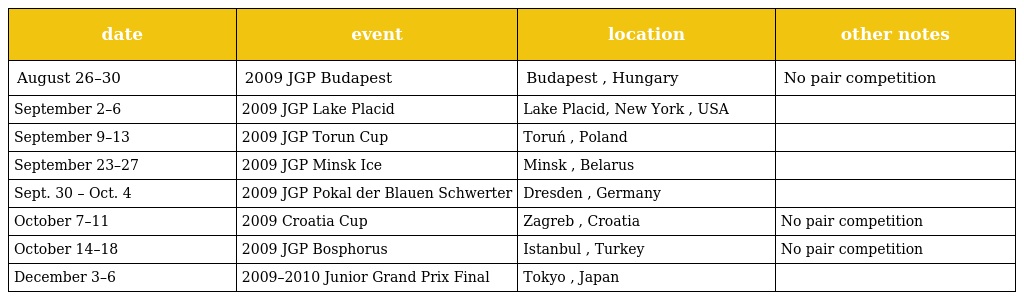
| date | event | location | other notes |
 | --- | --- | --- | --- |
 | August 26–30 | 2009 JGP Budapest | Budapest , Hungary | No pair competition |
 | September 2–6 | 2009 JGP Lake Placid | Lake Placid, New York , USA |  |
 | September 9–13 | 2009 JGP Torun Cup | Toruń , Poland |  |
 | September 23–27 | 2009 JGP Minsk Ice | Minsk , Belarus |  |
 | Sept. 30 – Oct. 4 | 2009 JGP Pokal der Blauen Schwerter | Dresden , Germany |  |
 | October 7–11 | 2009 Croatia Cup | Zagreb , Croatia | No pair competition |
 | October 14–18 | 2009 JGP Bosphorus | Istanbul , Turkey | No pair competition |
 | December 3–6 | 2009–2010 Junior Grand Prix Final | Tokyo , Japan |  |